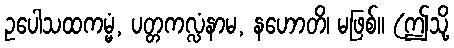
ဥပေါသထကမ္မံ, ပတ္တကလ္လံနာမ, နဟောတိ၊ မဖြစ်။ (ဤသို့